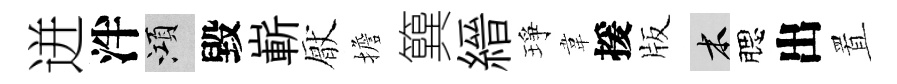
迸泮澒毀嶄厭擔簨縉琤韋援版木腮出置